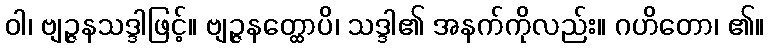
ဝါ၊ ဗျဉ္ဇနသဒ္ဒါဖြင့်။ ဗျဉ္ဇနတ္ထောပိ၊ သဒ္ဒါ၏ အနက်ကိုလည်း။ ဂဟိတော၊ ၏။